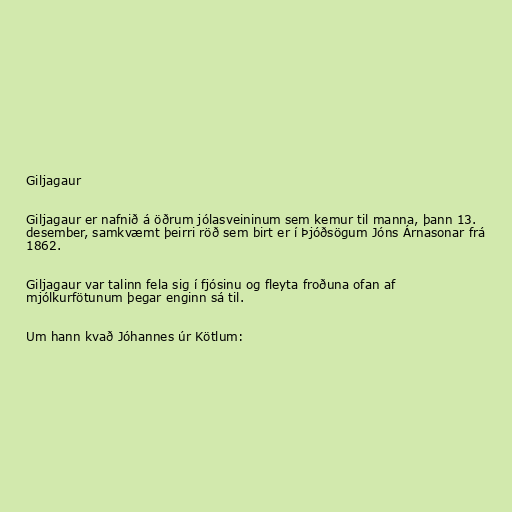
Giljagaur

Giljagaur er nafnið á öðrum jólasveininum sem kemur til manna, þann 13.
desember, samkvæmt þeirri röð sem birt er í Þjóðsögum Jóns Árnasonar frá
1862.

Giljagaur var talinn fela sig í fjósinu og fleyta froðuna ofan af
mjólkurfötunum þegar enginn sá til.

Um hann kvað Jóhannes úr Kötlum: